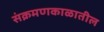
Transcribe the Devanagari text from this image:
संक्रमणकाळातील